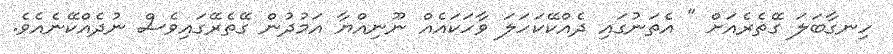
ހިނގާބަލަ ގޭތެރެއަށް " އެތަނުގައި ދެއްކޭކަހަލަ ވާހަކައެއް ނޫނިއްޔާ އަމުދުން ގޭތެރޭގައިވެސް ނުދެއްކޭނެއެވެ.